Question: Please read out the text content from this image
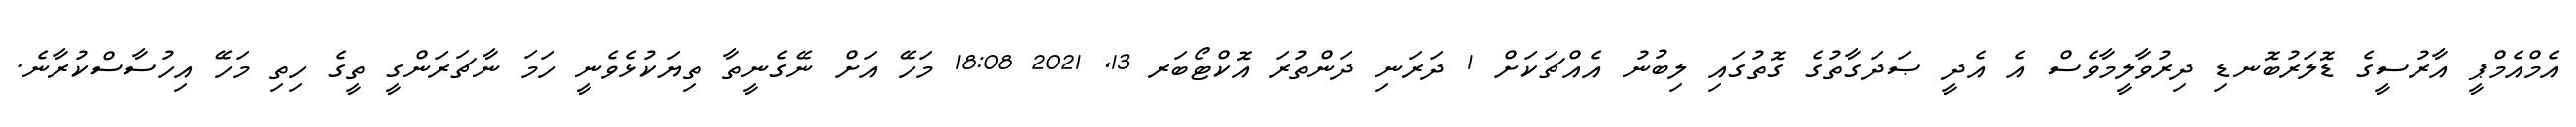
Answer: އެމްއެމްޕީ އާރުސީގެ ޑޮލަރުބޮނޑި ދިރުވާލީމާވެސް އެ އެދީ ޞަދަގާތުގެ ގޮތުގައި ލިބުނު އެއްޗަކަށް 1 ދަރަނި ދަންތުރަ އޮކްޓޯބަރ 13, 2021 18:08 މަހޭ އަށް ނޭގެނީތާ ތިޔަކުޅެވެނީ ހަމަ ނާޗަރަންގީ ތީގެ ހިތި މަހޭ އިހުސާސްކުރާނެ.